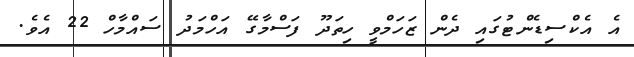
އެ އެކްސިޑެންޓުގައި ދެން ޒަހަމްވީ ހިތަދޫ ފަސްމާގޭ އަހްމަދު ސައްމާހް 22 އެވެ.